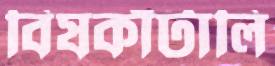
বিষকাঁটালি